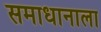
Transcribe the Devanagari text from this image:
समाधानाला